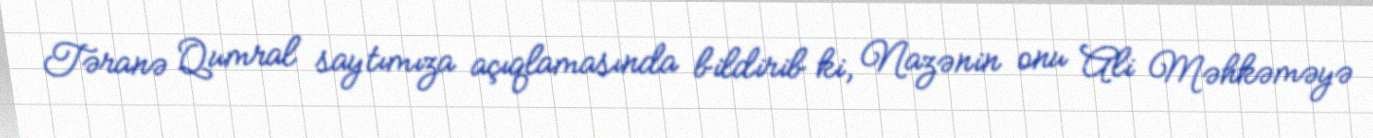
Təranə Qumral saytımıza açıqlamasında bildirib ki, Nazənin onu Ali Məhkəməyə